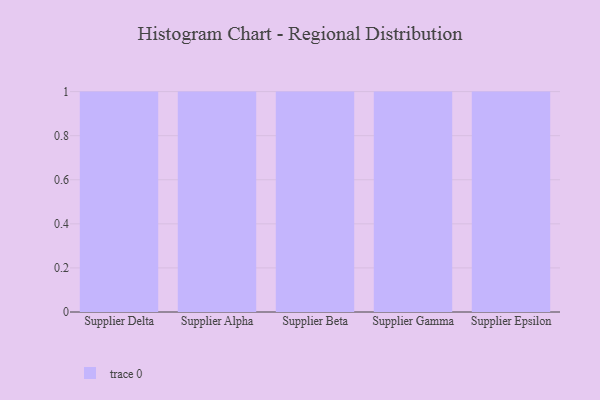
{"axis": {"x": "Supplier", "y": "Backlog"}, "legend": [""], "data": [{"x": "Supplier Delta", "y": 94, "type": ""}, {"x": "Supplier Alpha", "y": 66, "type": ""}, {"x": "Supplier Beta", "y": 53, "type": ""}, {"x": "Supplier Gamma", "y": 78, "type": ""}, {"x": "Supplier Epsilon", "y": 26, "type": ""}]}